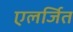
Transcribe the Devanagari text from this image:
एलर्जित